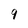
Character: 9